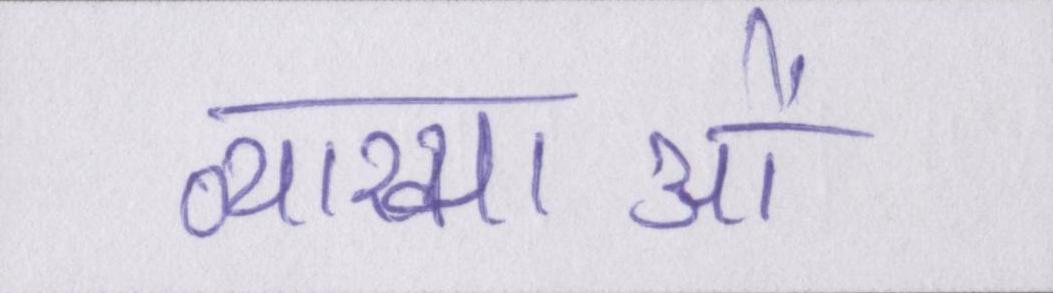
व्याख्याओं